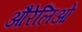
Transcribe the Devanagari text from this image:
औरेलिओ